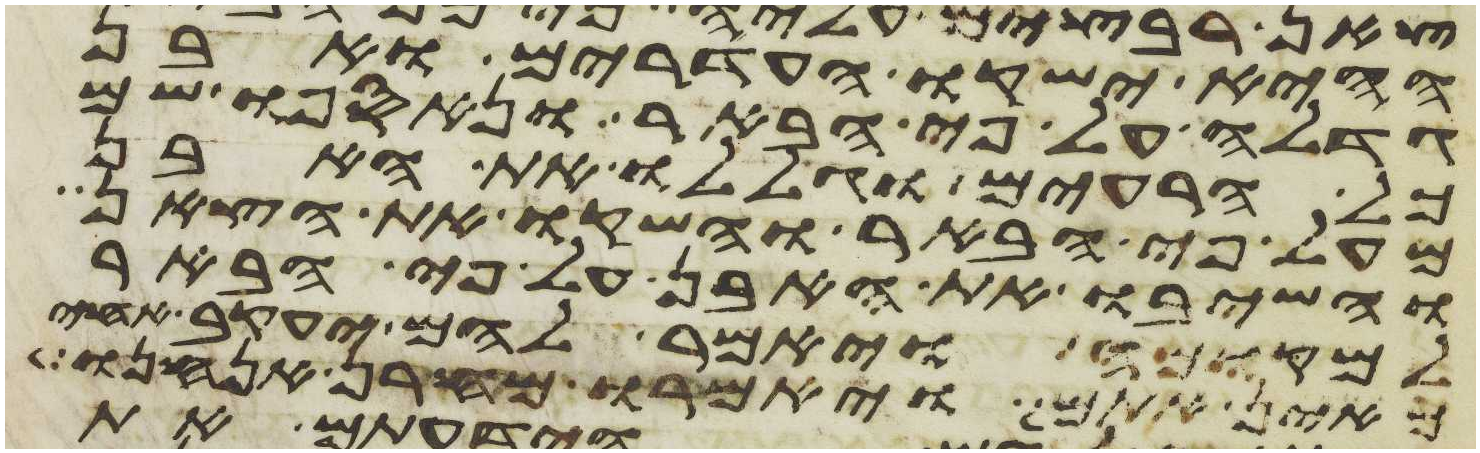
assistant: ההיא ישקו העדרים ואבן
גדלה על פי הבאר ונאספו שם
כל הרעים וגללו את האבן
מעל פי הבאר והשקו את הצאן
והשיבו את האבן על פי הבאר
למקומה ויאמר להם יעקב אחי
מאין אתם ויאמרו מחרן אנחנו